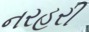
નરહરી